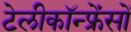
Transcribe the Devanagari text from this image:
टेलीकॉन्फ्रेंसों